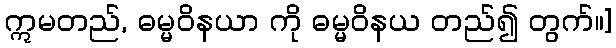
ဣမတည်, ဓမ္မဝိနယာ ကို ဓမ္မဝိနယ တည်၍ တွက်။]